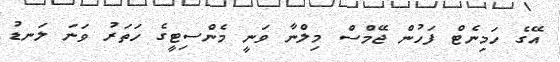
އޭގެ ހަމިނެޓް ފަހުން ޖޭމްސް މިލްނާ ވަނީ މެންސިޓީގެ ހަތަރު ވަނަ ލަނޑު